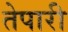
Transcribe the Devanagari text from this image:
तेपारी